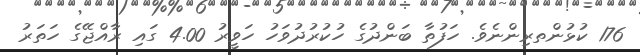
176 ކުޅުންތރިންނެވެ. ހަފުތާ ބަންދުގެ ހުކުރުދުވަހު ހަވީރު 4.00 ގައި ރާއްޖޭގެ ހަތަރު